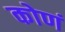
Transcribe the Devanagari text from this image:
कोणं